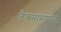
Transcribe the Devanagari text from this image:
टेक्सासाच्या